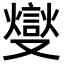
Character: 燮